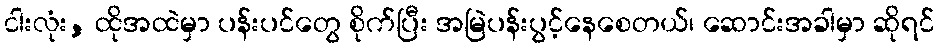
ငါးလုံး, ထိုအထဲမှာ ပန်းပင်တွေ စိုက်ပြီး အမြဲပန်းပွင့်နေစေတယ်၊ ဆောင်းအခါမှာ ဆိုရင်